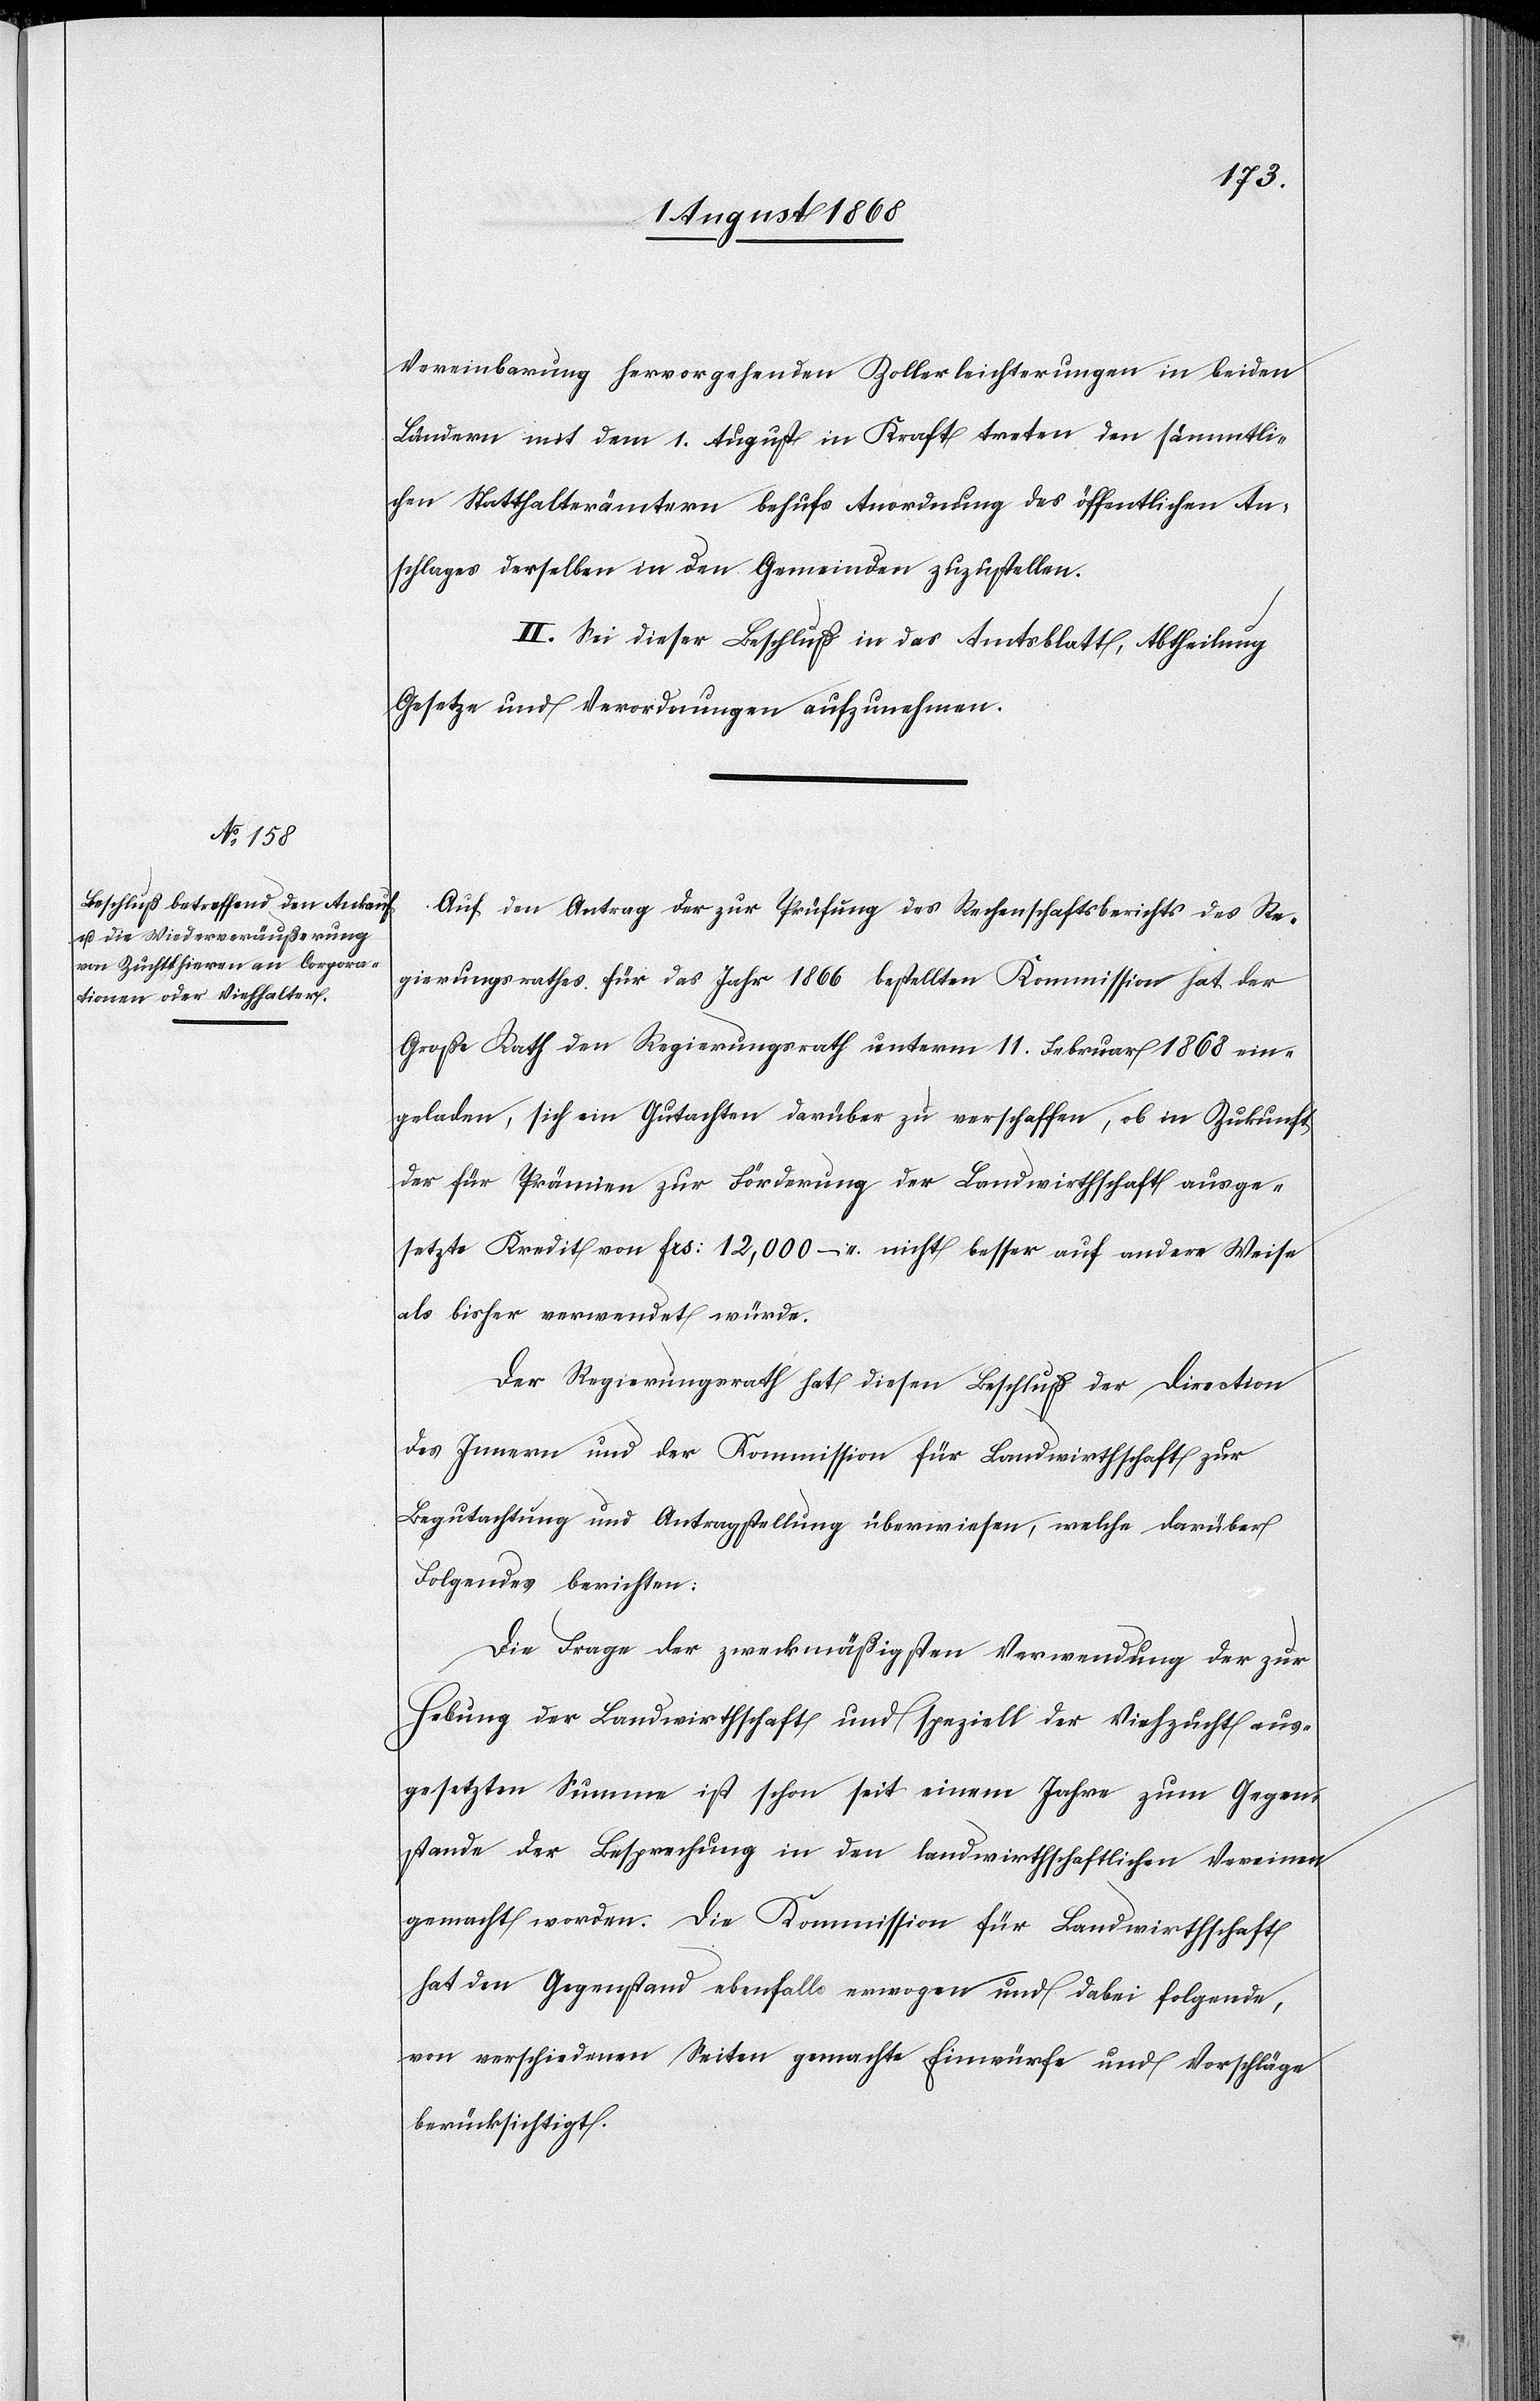
Vereinbarung hervorgehenden Zollerleichterungen in beiden
Ländern mit dem 1. August in Kraft treten den sämmtli¬
chen Statthalterämtern behufs Anordnung des öffentlichen An¬
schlages derselben in den Gemeinden zuzustellen.
II. Sei dieser Beschuß in das Amtsblatt, Abtheilung
Gesetze und Verordnungen aufzunehmen.
Auf den Antrag der zur Prüfung des Rechenschaftsberichts des Re¬
gierungsrathes für das Jahr 1866 bestellten Kommission hat der
Große Rath den Regierungsrath unterm 11. Februar 1868 ein¬
geladen, sich ein Gutachten darüber zu verschaffen, ob in Zukunft
der für Prämien zur Förderung der Landwirthschaft ausge¬
setzte Kredit von Frs: 12,000 – nicht besser auf andere Weise
als bisher verwendet würde.
Der Regierungsrath hat diesen Beschluß der Direction
des Innern und der Kommission für Landwirthschaft zur
Begutachtung und Antragstellung überwiesen, welche darüber
Folgendes berichten:
Die Frage der zweckmäßigsten Verwendung der zur
Hebung der Landwirthschaft und speziell der Viehzucht aus¬
gesetzten Summe ist schon seit einem Jahre zum Gegen¬
stande der Besprechung in den landwirthschaftlichen Vereinen
gemacht worden. Die Kommission für Landwirthschaft
hat den Gegenstand ebenfalls erwogen und dabei folgende,
von verschiedenen Seiten gemachte Einwürfe und Vorschläge
berücksichtigt.